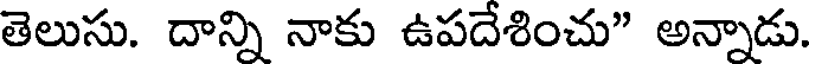
తెలుసు. దాన్ని నాకు ఉపదేశించు" అన్నాడు.